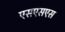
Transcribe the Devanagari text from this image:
एसएसएस